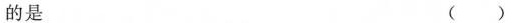
的是 ()